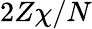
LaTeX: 2Z\chi/N